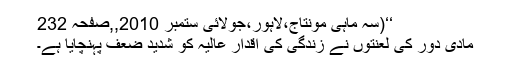
‘‘(سہ ماہی مونتاج،لاہور،جولائی ستمبر 2010,,صفحہ 232
مادی دور کی لعنتوں نے زندگی کی اقدار عالیہ کو شدید ضعف پہنچایا ہے۔